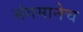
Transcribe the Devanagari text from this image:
संगमानेच